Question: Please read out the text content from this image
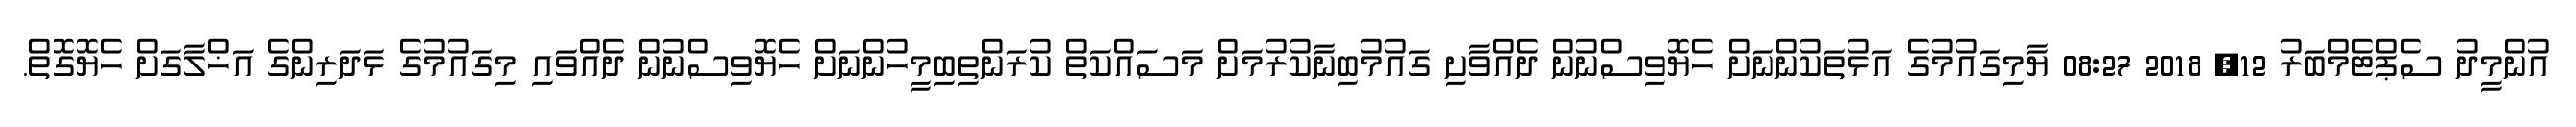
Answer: އުންމީދު ސެޕްޓެމްބަރު 12, 2018 08:27 ޔާމިގައުމުގެ އަޅުތަކުންނަށް ހެޔޮވިސްނުން ދެއްވާށި ގައުމުބިނާކުރުމަށް މަސައްކަތް ކުރަންތިބިމީހުންނަށް ހެޔޮވިސްނުން ދެއްވައި މިގައުމުގެ ޅަދަރިންގެ އަޚްލާގަށް ހެޔޮގޮތް.